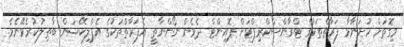
މިގޮތަށް ހުށަނާޅާ ފަރާތްތަކުގެ ޓްރާންސްކްރިޕްޓަށް ޕޮއިންޓް ދެވެން ނޯންނާތީ އެފަރާތްތަކުގެ އެޕްލިކޭޝަން ބާޠިލުކުރެވޭނެވެ.